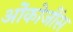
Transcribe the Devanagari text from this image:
ओंकोजींस